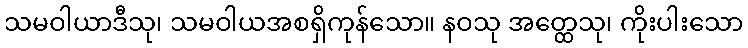
သမဝါယာဒီသု၊ သမဝါယအစရှိကုန်သော။ နဝသု အတ္ထေသု၊ ကိုးပါးသော